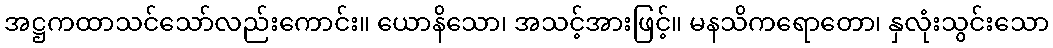
အဋ္ဌကထာသင်သော်လည်းကောင်း။ ယောနိသော၊ အသင့်အားဖြင့်။ မနသိကရောတော၊ နှလုံးသွင်းသော